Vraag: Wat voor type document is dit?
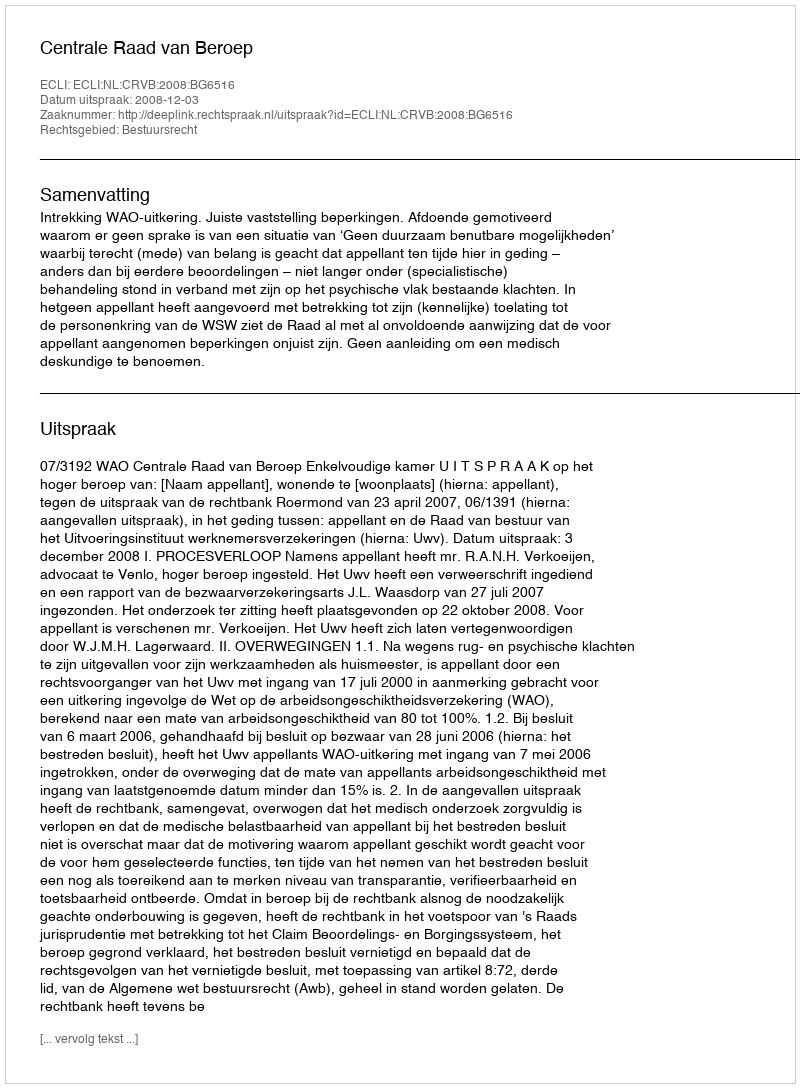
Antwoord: Uitspraak